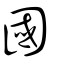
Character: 國